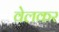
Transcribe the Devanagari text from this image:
वेलकर